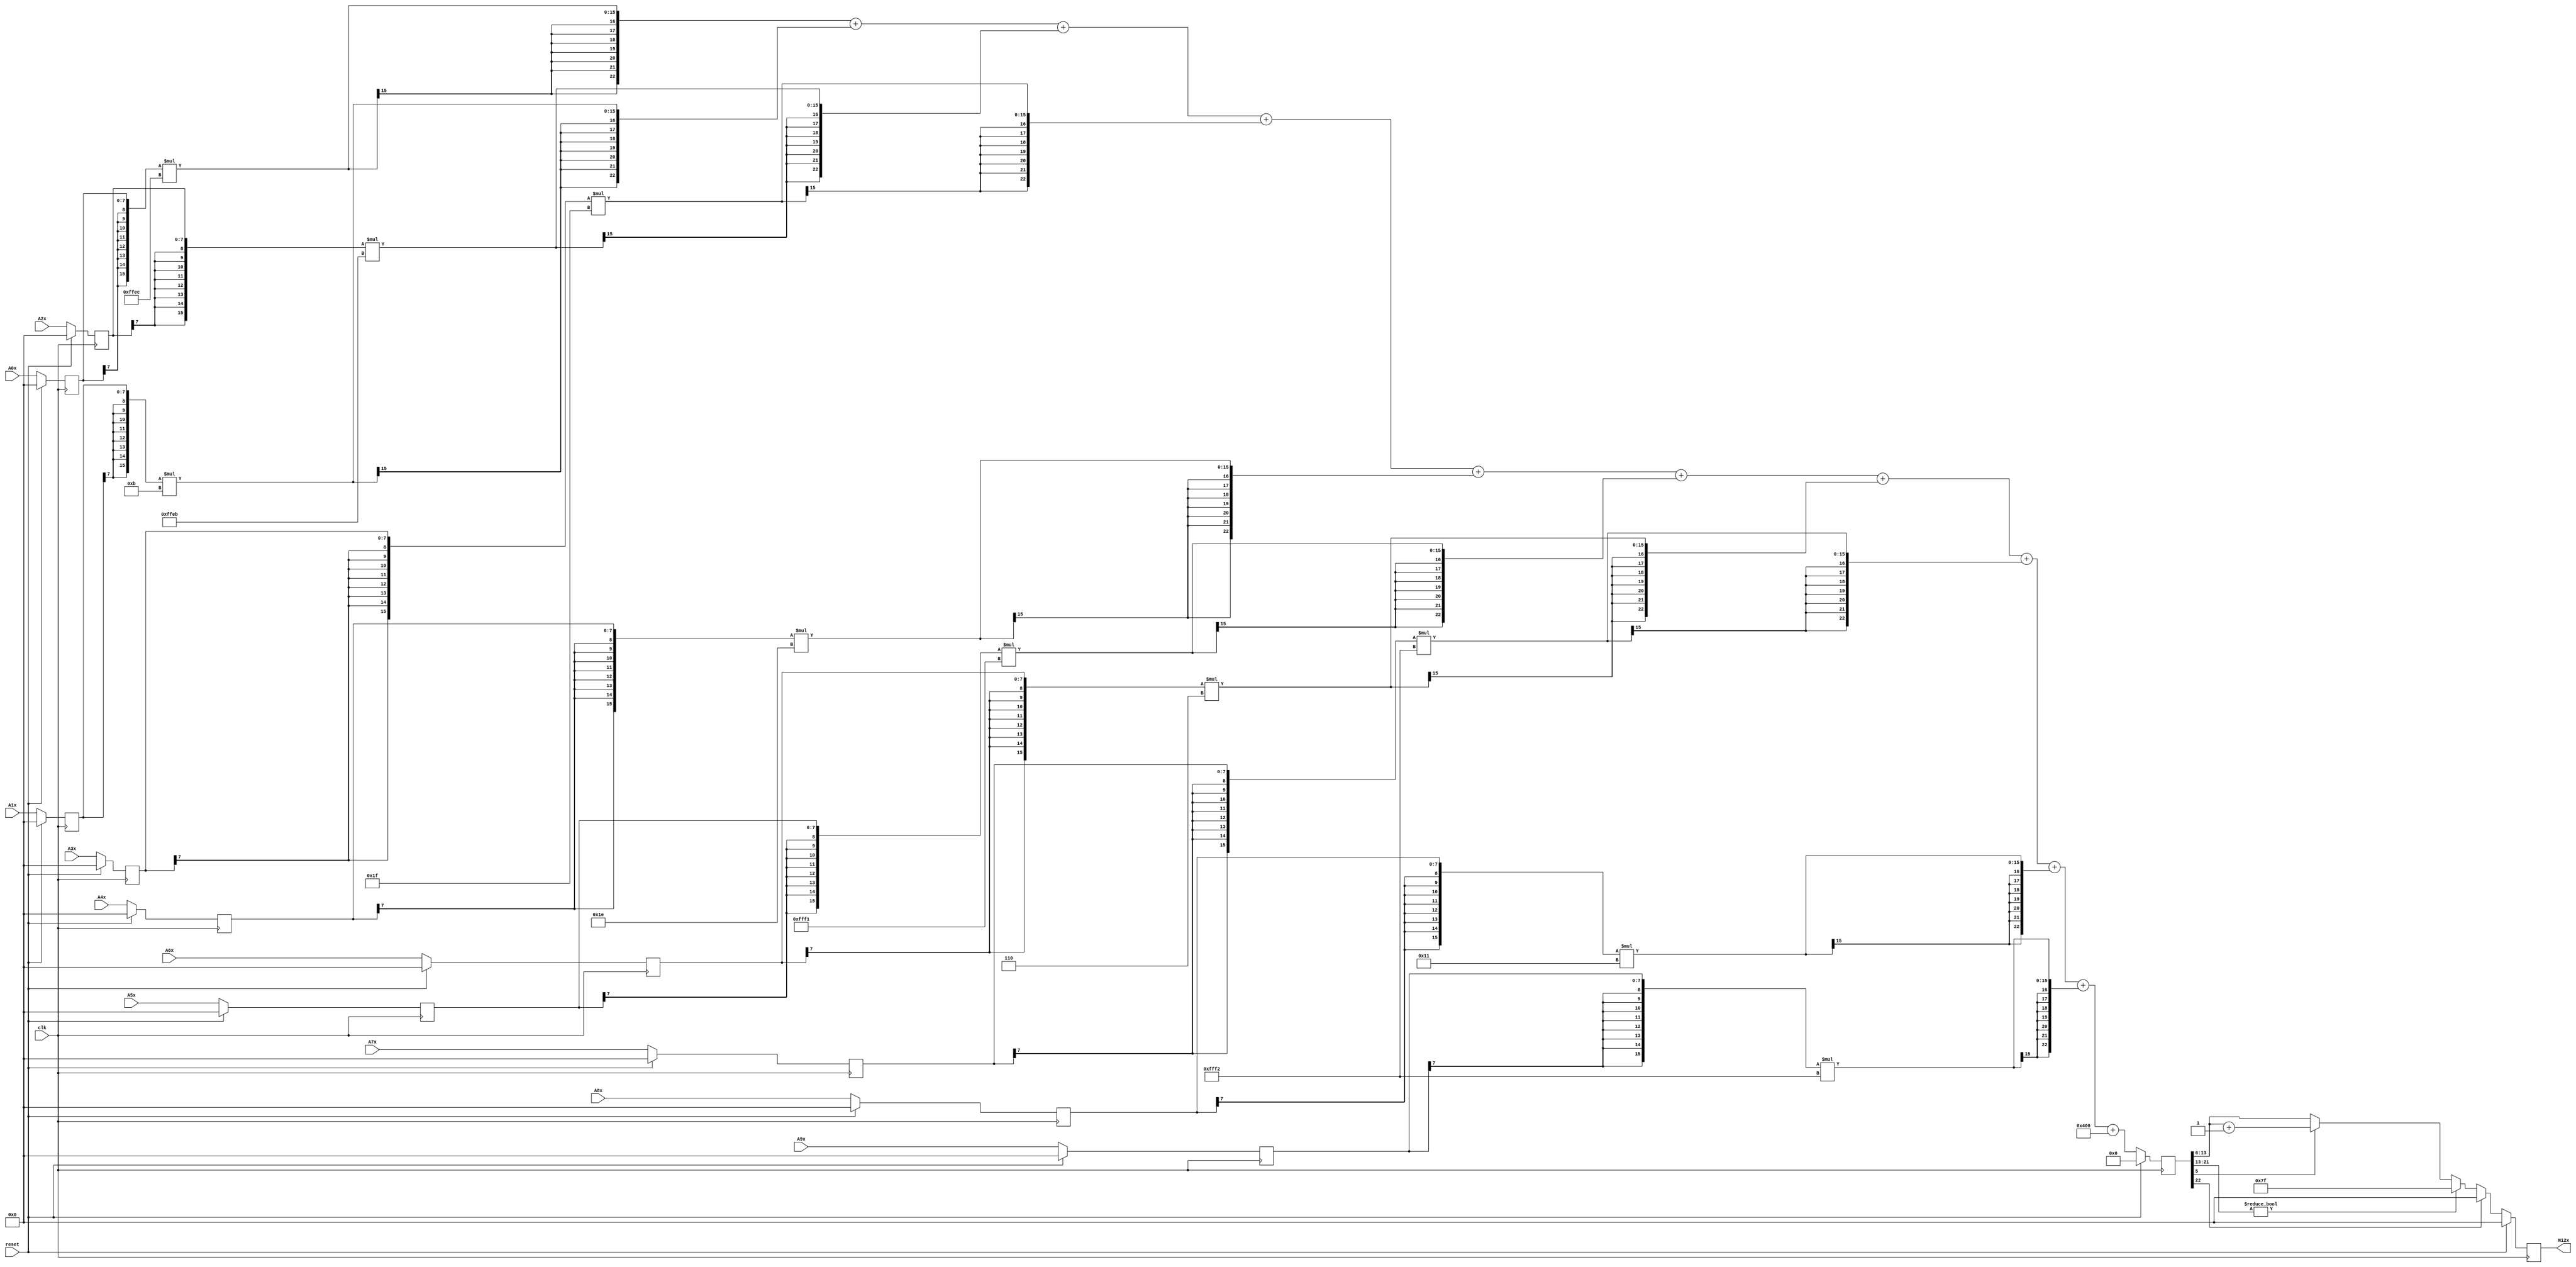
module node_3_12(clk,reset,N12x,A0x,A1x,A2x,A3x,A4x,A5x,A6x,A7x,A8x,A9x);
	input clk;
	input reset;
	input [7:0] A0x, A1x, A2x, A3x, A4x, A5x, A6x, A7x, A8x, A9x;
	reg [7:0] A0x_c, A1x_c, A2x_c, A3x_c, A4x_c, A5x_c, A6x_c, A7x_c, A8x_c, A9x_c;
	wire [15:0] sum0x, sum1x, sum2x, sum3x, sum4x, sum5x, sum6x, sum7x, sum8x, sum9x;
	output reg [7:0] N12x;
	reg [22:0] sumout;

	parameter [7:0] W0x=-8'd20;
	parameter [7:0] W1x=8'd11;
	parameter [7:0] W2x=-8'd21;
	parameter [7:0] W3x=8'd31;
	parameter [7:0] W4x=8'd30;
	parameter [7:0] W5x=-8'd15;
	parameter [7:0] W6x=8'd6;
	parameter [7:0] W7x=-8'd14;
	parameter [7:0] W8x=8'd17;
	parameter [7:0] W9x=-8'd14;
	parameter [15:0] B0x=16'd1024;


	assign sum0x = {A0x_c[7],A0x_c[7],A0x_c[7],A0x_c[7],A0x_c[7],A0x_c[7],A0x_c[7],A0x_c[7],A0x_c}*{W0x[7],W0x[7],W0x[7],W0x[7],W0x[7],W0x[7],W0x[7],W0x[7],W0x};
	assign sum1x = {A1x_c[7],A1x_c[7],A1x_c[7],A1x_c[7],A1x_c[7],A1x_c[7],A1x_c[7],A1x_c[7],A1x_c}*{W1x[7],W1x[7],W1x[7],W1x[7],W1x[7],W1x[7],W1x[7],W1x[7],W1x};
	assign sum2x = {A2x_c[7],A2x_c[7],A2x_c[7],A2x_c[7],A2x_c[7],A2x_c[7],A2x_c[7],A2x_c[7],A2x_c}*{W2x[7],W2x[7],W2x[7],W2x[7],W2x[7],W2x[7],W2x[7],W2x[7],W2x};
	assign sum3x = {A3x_c[7],A3x_c[7],A3x_c[7],A3x_c[7],A3x_c[7],A3x_c[7],A3x_c[7],A3x_c[7],A3x_c}*{W3x[7],W3x[7],W3x[7],W3x[7],W3x[7],W3x[7],W3x[7],W3x[7],W3x};
	assign sum4x = {A4x_c[7],A4x_c[7],A4x_c[7],A4x_c[7],A4x_c[7],A4x_c[7],A4x_c[7],A4x_c[7],A4x_c}*{W4x[7],W4x[7],W4x[7],W4x[7],W4x[7],W4x[7],W4x[7],W4x[7],W4x};
	assign sum5x = {A5x_c[7],A5x_c[7],A5x_c[7],A5x_c[7],A5x_c[7],A5x_c[7],A5x_c[7],A5x_c[7],A5x_c}*{W5x[7],W5x[7],W5x[7],W5x[7],W5x[7],W5x[7],W5x[7],W5x[7],W5x};
	assign sum6x = {A6x_c[7],A6x_c[7],A6x_c[7],A6x_c[7],A6x_c[7],A6x_c[7],A6x_c[7],A6x_c[7],A6x_c}*{W6x[7],W6x[7],W6x[7],W6x[7],W6x[7],W6x[7],W6x[7],W6x[7],W6x};
	assign sum7x = {A7x_c[7],A7x_c[7],A7x_c[7],A7x_c[7],A7x_c[7],A7x_c[7],A7x_c[7],A7x_c[7],A7x_c}*{W7x[7],W7x[7],W7x[7],W7x[7],W7x[7],W7x[7],W7x[7],W7x[7],W7x};
	assign sum8x = {A8x_c[7],A8x_c[7],A8x_c[7],A8x_c[7],A8x_c[7],A8x_c[7],A8x_c[7],A8x_c[7],A8x_c}*{W8x[7],W8x[7],W8x[7],W8x[7],W8x[7],W8x[7],W8x[7],W8x[7],W8x};
	assign sum9x = {A9x_c[7],A9x_c[7],A9x_c[7],A9x_c[7],A9x_c[7],A9x_c[7],A9x_c[7],A9x_c[7],A9x_c}*{W9x[7],W9x[7],W9x[7],W9x[7],W9x[7],W9x[7],W9x[7],W9x[7],W9x};

	always@(posedge clk) begin

		if(reset)
			begin
			N12x<=8'd0;
			sumout<=16'd0;
			A0x_c <= 8'd0;
			A1x_c <= 8'd0;
			A2x_c <= 8'd0;
			A3x_c <= 8'd0;
			A4x_c <= 8'd0;
			A5x_c <= 8'd0;
			A6x_c <= 8'd0;
			A7x_c <= 8'd0;
			A8x_c <= 8'd0;
			A9x_c <= 8'd0;
			end
		else
			begin
			A0x_c <= A0x;
			A1x_c <= A1x;
			A2x_c <= A2x;
			A3x_c <= A3x;
			A4x_c <= A4x;
			A5x_c <= A5x;
			A6x_c <= A6x;
			A7x_c <= A7x;
			A8x_c <= A8x;
			A9x_c <= A9x;
			sumout<={sum0x[15],sum0x[15],sum0x[15],sum0x[15],sum0x[15],sum0x[15],sum0x[15],sum0x}+{sum1x[15],sum1x[15],sum1x[15],sum1x[15],sum1x[15],sum1x[15],sum1x[15],sum1x}+{sum2x[15],sum2x[15],sum2x[15],sum2x[15],sum2x[15],sum2x[15],sum2x[15],sum2x}+{sum3x[15],sum3x[15],sum3x[15],sum3x[15],sum3x[15],sum3x[15],sum3x[15],sum3x}+{sum4x[15],sum4x[15],sum4x[15],sum4x[15],sum4x[15],sum4x[15],sum4x[15],sum4x}+{sum5x[15],sum5x[15],sum5x[15],sum5x[15],sum5x[15],sum5x[15],sum5x[15],sum5x}+{sum6x[15],sum6x[15],sum6x[15],sum6x[15],sum6x[15],sum6x[15],sum6x[15],sum6x}+{sum7x[15],sum7x[15],sum7x[15],sum7x[15],sum7x[15],sum7x[15],sum7x[15],sum7x}+{sum8x[15],sum8x[15],sum8x[15],sum8x[15],sum8x[15],sum8x[15],sum8x[15],sum8x}+{sum9x[15],sum9x[15],sum9x[15],sum9x[15],sum9x[15],sum9x[15],sum9x[15],sum9x}+{B0x[15],B0x[15],B0x[15],B0x[15],B0x[15],B0x[15],B0x[15],B0x};

			if(sumout[22]==0)
				begin
				if(sumout[21:13]!=9'b0)
					N12x<=8'd127;
				else
					begin
					if(sumout[5]==1)
						N12x<=sumout[13:6]+8'd1;
					else
						N12x<=sumout[13:6];
					end
				end
			else
				N12x<=8'd0;
			end
		end
endmodule